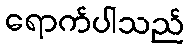
ရောက်ပါသည်